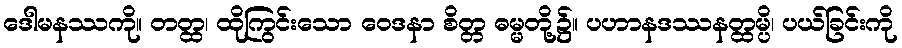
ဒေါမနဿကို။ တတ္ထ၊ ထိုကြွင်းသော ဝေဒနာ စိတ္တ ဓမ္မတို့၌။ ပဟာနဒဿနတ္ထမ္ပိ၊ ပယ်ခြင်းကို